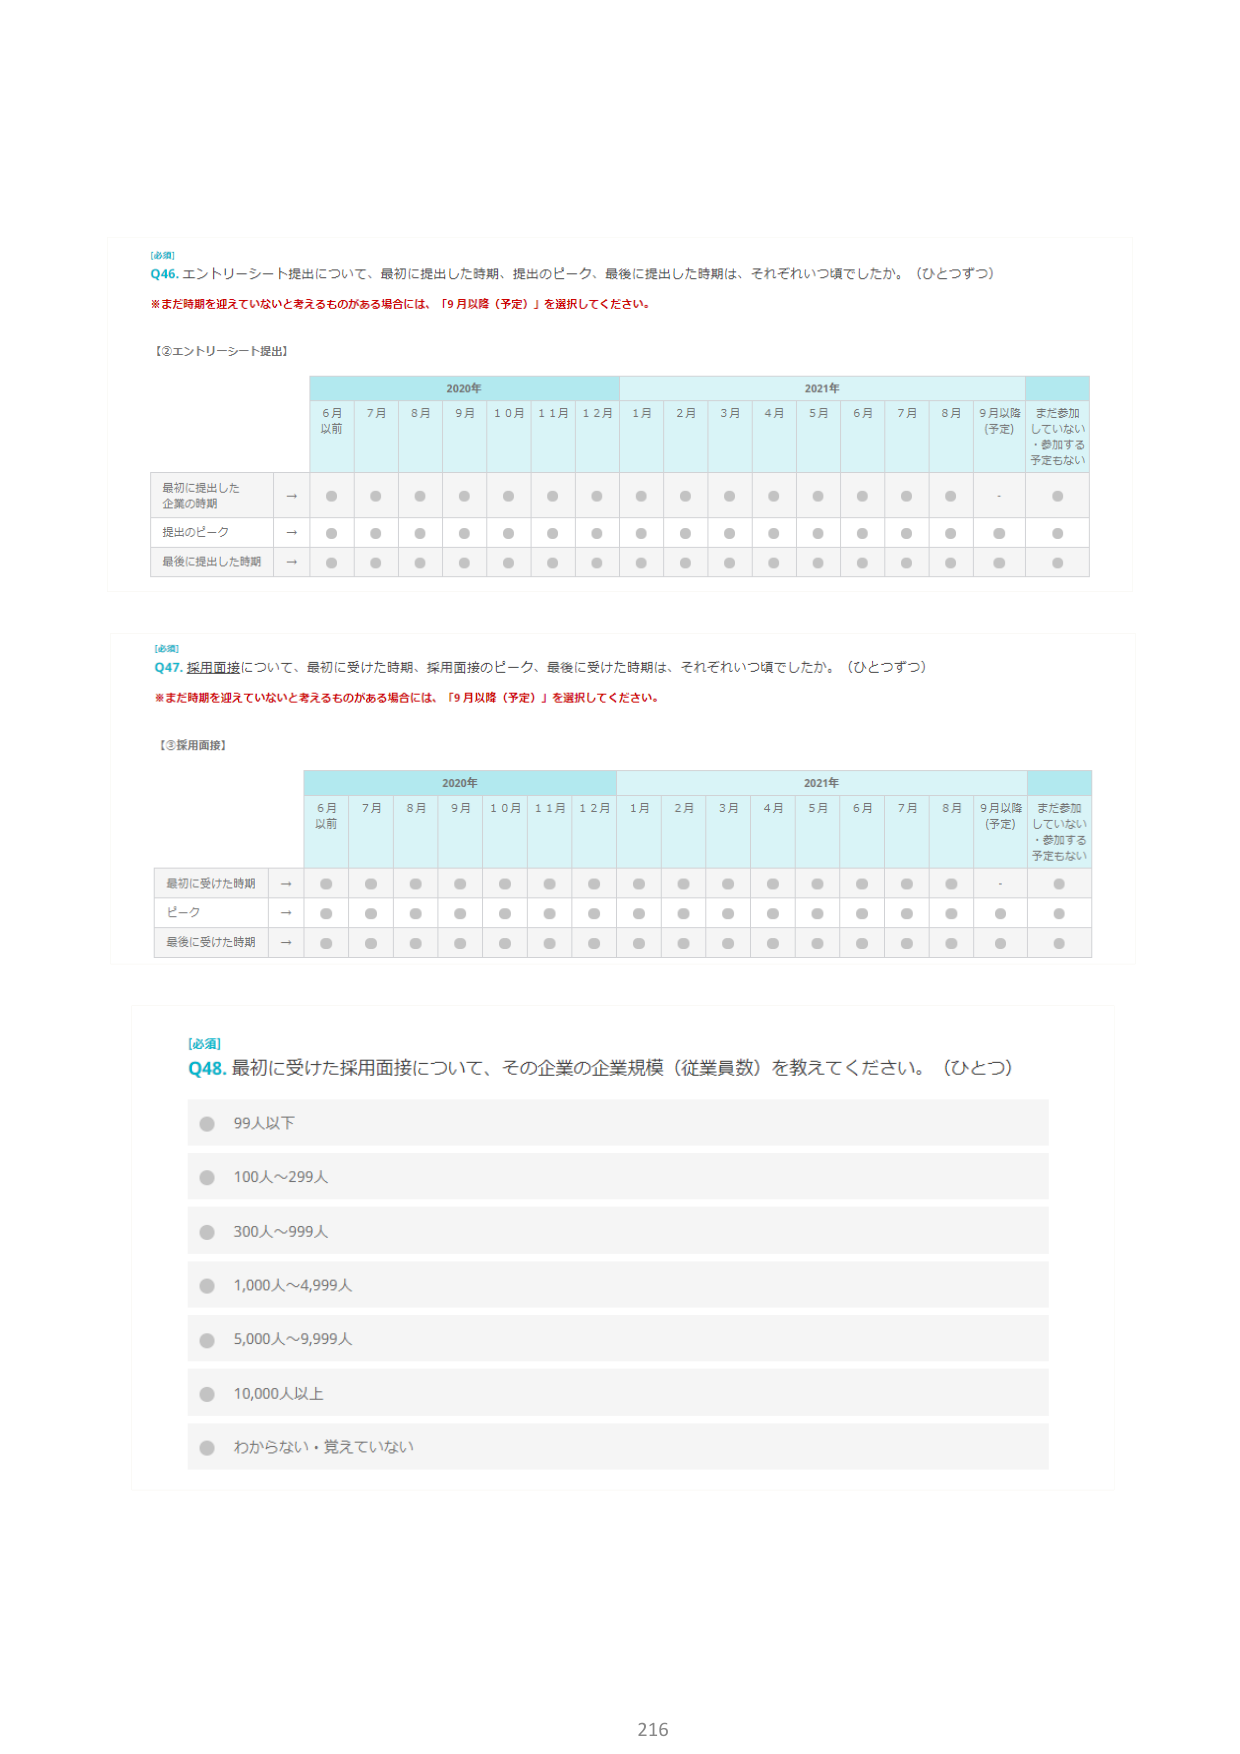
[必須]
Q46. エントリーシート提出について、最初に提出した時期、提出のピーク、最後に提出した時期は、それぞれいつ頃でしたか。（ひとつずつ）
※まだ時期を迎えていないと考えるものがある場合には、「9月以降（予定）」を選択してください。

【②エントリーシート提出】

2020年
6月以前　7月　8月　9月　10月　11月　12月
2021年
1月　2月　3月　4月　5月　6月　7月　8月　9月以降（予定）　まだ参加していない・参加する予定もない

最初に提出した企業の時期 → ● ● ● ● ● ● ● ● ● ● ● ● ● ● ● ● ● ●
提出のピーク → ● ● ● ● ● ● ● ● ● ● ● ● ● ● ● ● ● ●
最後に提出した時期 → ● ● ● ● ● ● ● ● ● ● ● ● ● ● ● ● ● ●

[必須]
Q47. 採用面接について、最初に受けた時期、採用面接のピーク、最後に受けた時期は、それぞれいつ頃でしたか。（ひとつずつ）
※まだ時期を迎えていないと考えるものがある場合には、「9月以降（予定）」を選択してください。

【③採用面接】

2020年
6月以前　7月　8月　9月　10月　11月　12月
2021年
1月　2月　3月　4月　5月　6月　7月　8月　9月以降（予定）　まだ参加していない・参加する予定もない

最初に受けた時期 → ● ● ● ● ● ● ● ● ● ● ● ● ● ● ● ● ● ●
ピーク → ● ● ● ● ● ● ● ● ● ● ● ● ● ● ● ● ● ●
最後に受けた時期 → ● ● ● ● ● ● ● ● ● ● ● ● ● ● ● ● ● ●

[必須]
Q48. 最初に受けた採用面接について、その企業の企業規模（従業員数）を教えてください。（ひとつ）
● 99人以下
● 100人～299人
● 300人～999人
● 1,000人～4,999人
● 5,000人～9,999人
● 10,000人以上
● わからない・覚えていない

216